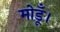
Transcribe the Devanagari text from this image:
मोडूँ।